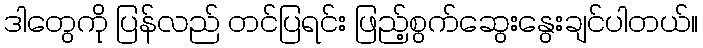
ဒါတွေကို ပြန်လည် တင်ပြရင်း ဖြည့်စွက်ဆွေးနွေးချင်ပါတယ်။